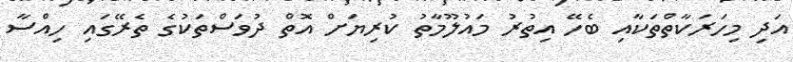
އަދި މިހަރަކާތްތަކާއި ބެހޭ އިތުރު މައުލޫމާތު ކުރިޔަށް އޮތް ދުވަސްތަކުގެ ތެރޭގައި ހިއްސާ